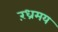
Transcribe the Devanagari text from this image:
रंध्रमय